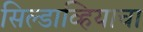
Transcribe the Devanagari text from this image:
सिल्डाव्हियाचा